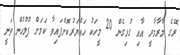
ރޭގެ މާރާމާރީ އާއި ގުޅިގެން 20 މީހަކު ހައްޔަރުކޮށްފައިވާ ކަމަށް ފުލުހުން ވަނީ